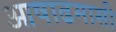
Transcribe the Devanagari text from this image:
आषाढमासी